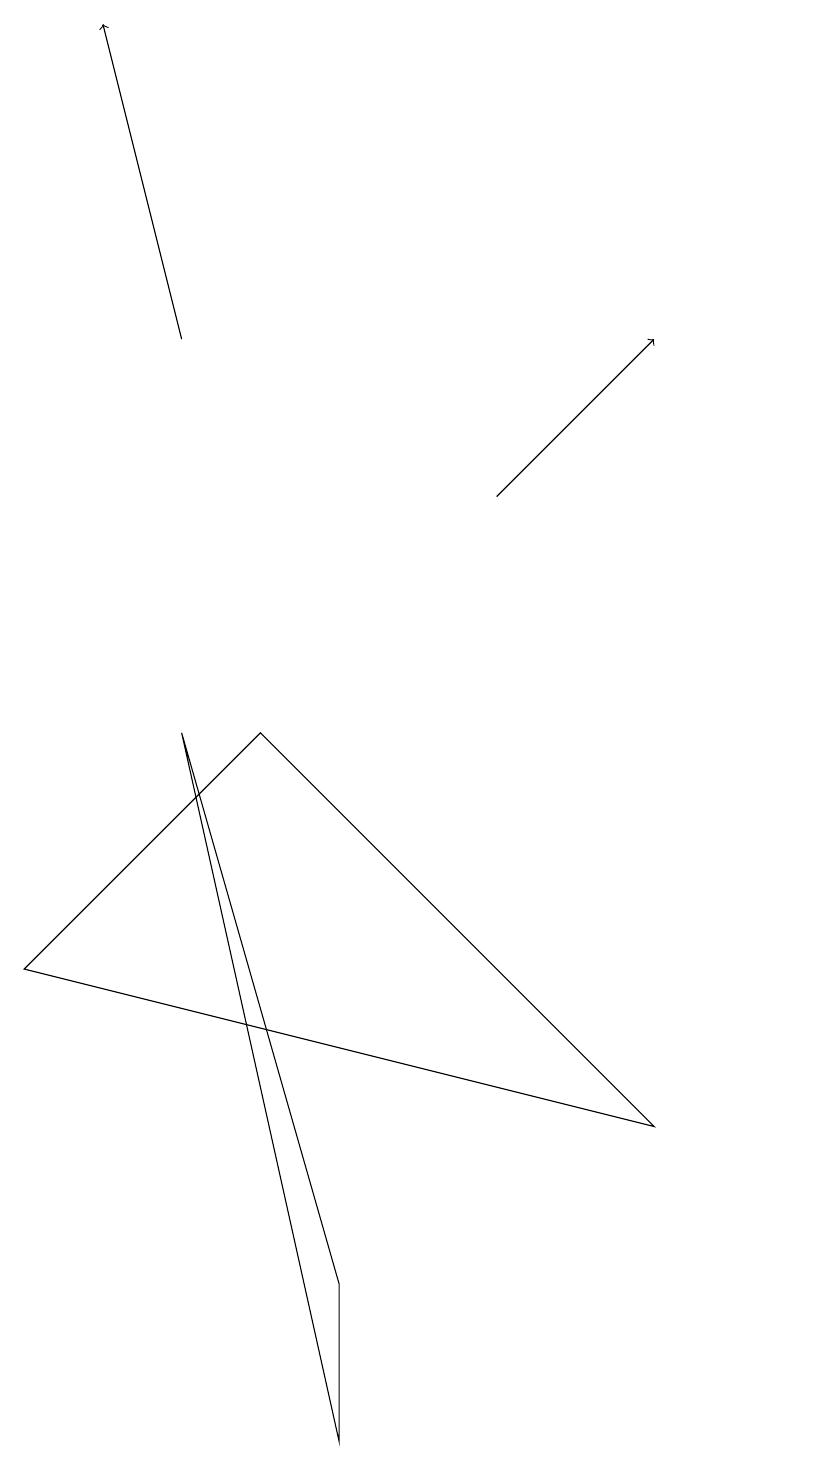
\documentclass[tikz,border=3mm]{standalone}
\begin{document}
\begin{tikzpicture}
\draw[->] (6,12) -- (8,14);
\draw[->] (2,14) -- (1,18);
\draw (0,6) -- (3,9) -- (8,4) -- cycle;
\draw (10,11) circle (0);
\draw (2,9) -- (4,2) -- (4,0) -- cycle;
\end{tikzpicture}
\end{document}